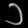
Digit: ၁